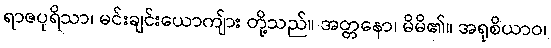
ရာဇပုရိသာ၊ မင်းချင်းယောကျ်ား တို့သည်။ အတ္တနော၊ မိမိ၏။ အရုစိယာဝ၊